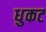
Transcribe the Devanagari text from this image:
धुकट